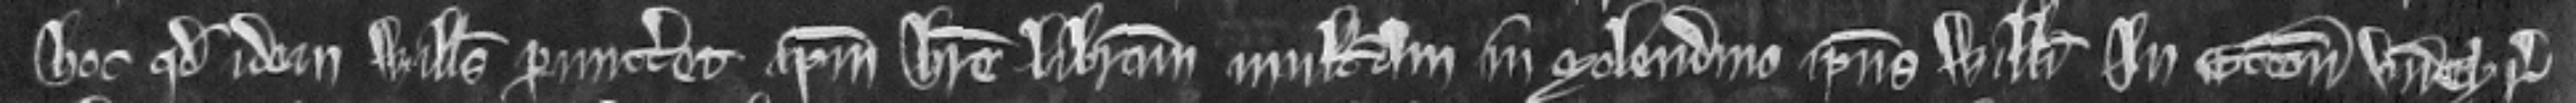
hoc quod idem Willelmus permitteret ipsum habere liberam multuram in molendino ipsius Willelmi In Etton unde cyrographum